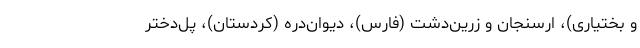
و بختیاری)، ارسنجان و زرین‌دشت (فارس)، دیوان‌دره (کردستان)، پل‌دختر